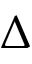
\Delta